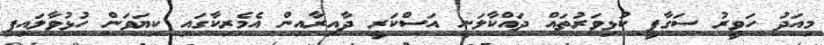
މިއަދު ހަވީރު ސަގާފީ ކުޅިވަރުތައް ދައްކާލަނީ އަސްކަރީ ދާއިރާއިން އެމެރިކާގައި ކިޔަވަން ހުޅުވާލައިފި